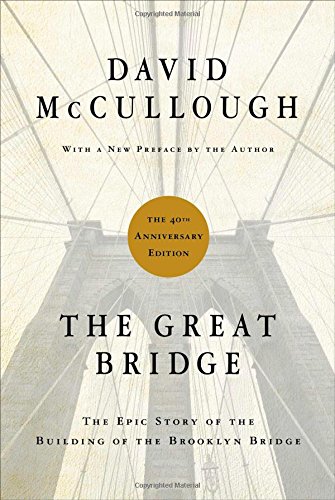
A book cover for The Great Bridge: The Epic Story of the Building of the Brooklyn Bridge; David McCullough; Engineering & Transportation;